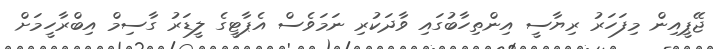
ޖޭޕީއިން މިފަހަރު ރިޔާސީ އިންތިހާބުގައި ވާދަކުރި ނަމަވެސް އެޕާޓީގެ ލީޑަރު ގާސިމް އިބްރާހީމަށް